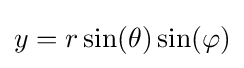
y=r\sin(\theta )\sin(\varphi )